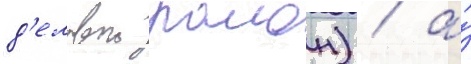
д'еловои раион) / а́